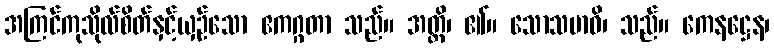
အကြင်ကုသိုလ်စိတ်နှင့်ယှဉ်သော ဧကဂ္ဂတာ သည်။ အတ္ထိ၊ ၏။ သောသမာဓိ၊ သည်။ ကေနဋ္ဌေန၊